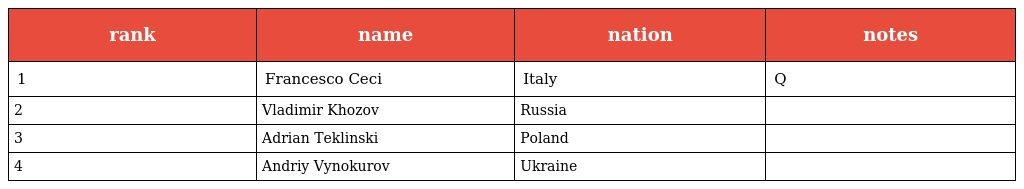
| rank | name | nation | notes |
 | --- | --- | --- | --- |
 | 1 | Francesco Ceci | Italy | Q |
 | 2 | Vladimir Khozov | Russia |  |
 | 3 | Adrian Teklinski | Poland |  |
 | 4 | Andriy Vynokurov | Ukraine |  |